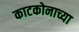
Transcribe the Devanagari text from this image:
काटकोनाच्या